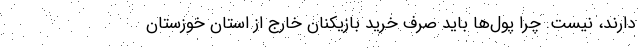
دارند، نیست. چرا پول‌ها باید صرف خرید بازیکنان خارج از استان خوزستان